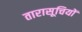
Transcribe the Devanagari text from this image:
तारासूचियों